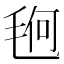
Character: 𰚚